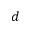
d